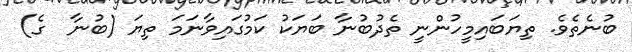
ބުނެތެވެ. ތިޔަބައިމީހުންނީ ތެދުބުނާ ބަޔަކު ކަމުގައިވާނަމަ ތިޔަ (ބުނާ  ގެ)